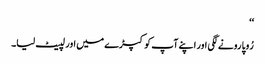
‘‘
رُوپا رونے لگی اور اپنے آپ کو کپڑے میں اور لپیٹ لیا۔